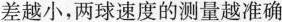
差越小，两球速度的测量越准确